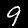
Digit: 9